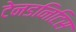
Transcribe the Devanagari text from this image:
टेनडनिटिस